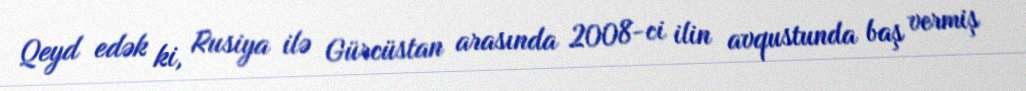
Qeyd edək ki, Rusiya ilə Gürcüstan arasında 2008-ci ilin avqustunda baş vermiş